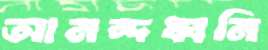
আনন্দধ্বনি